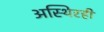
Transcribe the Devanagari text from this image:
अस्थिरही